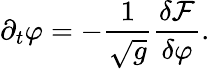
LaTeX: \partial_{t}\varphi=-\frac{1}{\sqrt{g}}\frac{\delta\mathcal F}{\delta\varphi}.